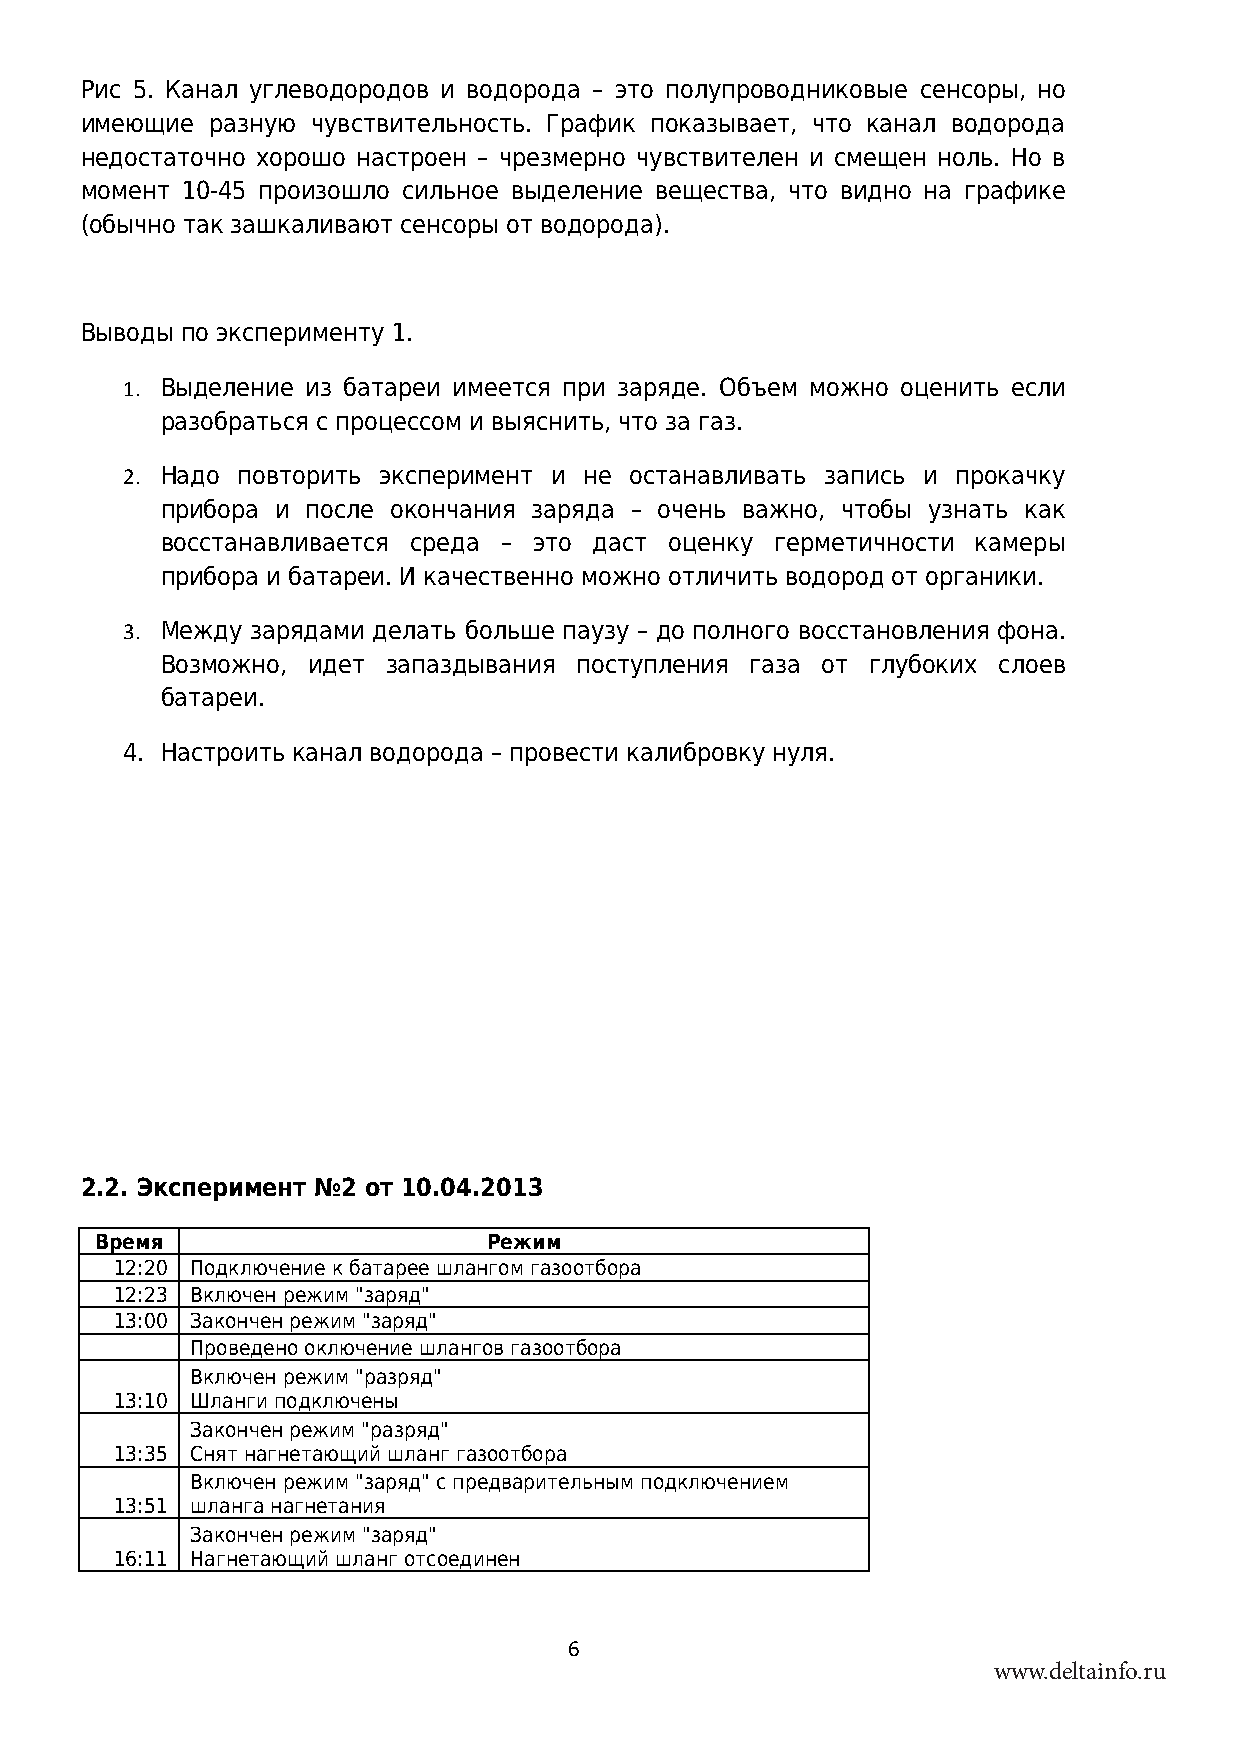
Рис 5. Канал углеводородов и водорода – это полупроводниковые сенсоры, но
 имеющие  разную чувствительность. График показывает, что канал водорода
 недостаточно хорошо настроен – чрезмерно чувствителен и смещен ноль. Но в
 момент 10-45 произошло сильное выделение вещества, что видно на графике
 (обычно так зашкаливают сенсоры от водорода).
 Выводы по эксперименту 1.
 1. Выделение из батареи имеется при заряде. Объем можно оценить если
 разобраться с процессом и выяснить, что за газ.
 2. Надо повторить эксперимент и не останавливать запись и прокачку
 прибора и после окончания заряда – очень важно, чтобы узнать как
 восстанавливается среда – это даст оценку герметичности камеры
 прибора и батареи. И качественно можно отличить водород от органики.
 3. Между зарядами делать больше паузу – до полного восстановления фона.
 Возможно, идет запаздывания поступления газа от глубоких слоев
 батареи.
 4. Настроить канал водорода – провести калибровку нуля.
 2.2. Эксперимент №2 от 10.04.2013
 Время                     Режим
 12:20 Подключение к батарее шлангом газоотбора
 12:23 Включен режим "заряд"
 13:00 Закончен режим "заряд"
 Проведено оключение шлангов газоотбора
 Включен режим "разряд"
 13:10 Шланги подключены
 Закончен режим "разряд"
 13:35 Снят нагнетающий шланг газоотбора
 Включен режим "заряд" с предварительным подключением
 13:51 шланга нагнетания
 Закончен режим "заряд"
 16:11 Нагнетающий шланг отсоединен
 6
 www.deltainfo.ru